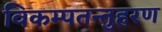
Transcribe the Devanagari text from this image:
विकम्पतन्तुहरण